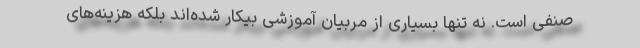
صنفی است. نه تنها بسیاری از مربیان آموزشی بیکار شده‌اند بلکه هزینه‌های